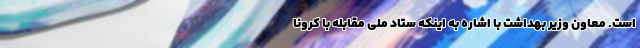
است. معاون وزیر بهداشت با اشاره به اینکه ستاد ملی مقابله با کرونا